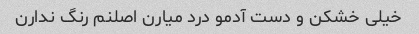
خیلی خشکن و دست آدمو درد میارن اصلنم رنگ ندارن